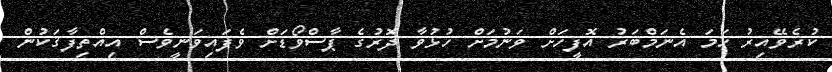
ކުރެވޭއިރު ހަމަ އެނަމްބަރު އޮފީހަށް ވަނުމަށް ހުޅުވާ ދޮރުގެ ޕާސްވޯޑަށް ވެފައިވަނީވެސް އިއްތިފާޤަކުން